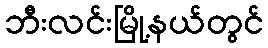
ဘီးလင်းမြို့နယ်တွင်